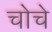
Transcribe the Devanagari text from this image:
चोचे